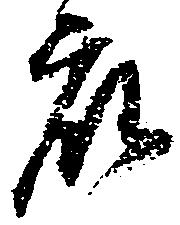
衆